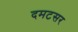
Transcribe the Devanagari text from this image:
दमटसर